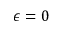
\epsilon = 0